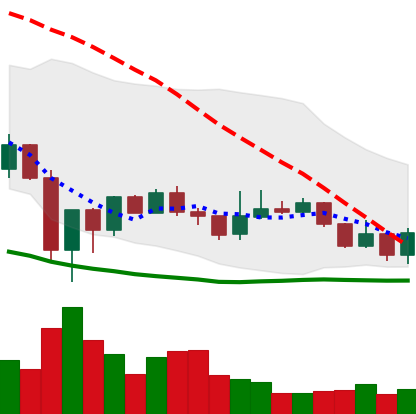
Ticker: LINK-USD
Chart end date: 2020-01-03
Forward return: 20.661%
Label: up_7plus